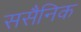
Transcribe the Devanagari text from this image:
ससैनिक